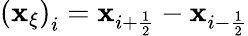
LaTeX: \left(\mathbf{x}_{\xi}\right)_{i}=\mathbf{x}_{i+\frac{{1}}{{2}}}-\mathbf{x}_{i-\frac{{1}}{{2}}}